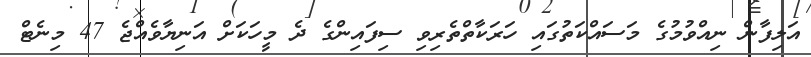
އަލިފާން ނިއްވުމުގެ މަސައްކަތުގައި ހަރަކާތްތެރިވި ސިފައިންގެ ދެ މީހަކަށް އަނިޔާވެއްޖެ 47 މިނެޓް